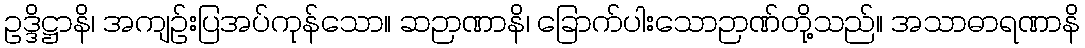
ဥဒ္ဒိဋ္ဌာနိ၊ အကျဉ်းပြအပ်ကုန်သော။ ဆဉာဏာနိ၊ ခြောက်ပါးသောဉာဏ်တို့သည်။ အသာဓာရဏာနိ